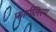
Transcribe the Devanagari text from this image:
फार्मलिस्म